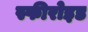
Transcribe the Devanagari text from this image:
स्फीरोइड